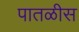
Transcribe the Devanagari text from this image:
पातळीस